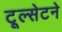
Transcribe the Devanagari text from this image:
टूल्सेटने